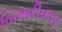
બિમારીવાળા